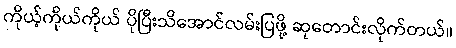
ကိုယ့်ကိုယ်ကိုယ် ပိုပြီးသိအောင်လမ်းပြဖို့ ဆုတောင်းလိုက်တယ်။